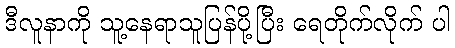
ဒီလူနာကို သူ့နေရာသူပြန်ပို့ပြီး ရေတိုက်လိုက် ပါ